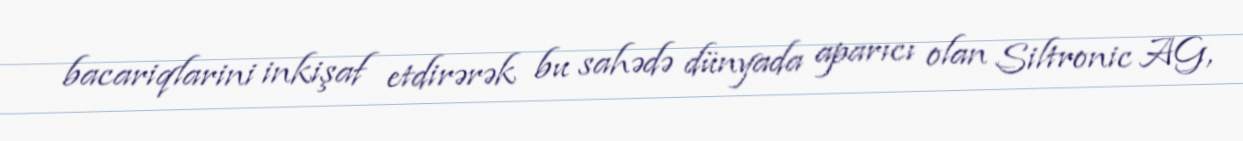
bacariqlarini inkişaf etdirərək bu sahədə dünyada aparıcı olan Siltronic AG,